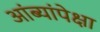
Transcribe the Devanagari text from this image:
आंब्यांपेक्षा